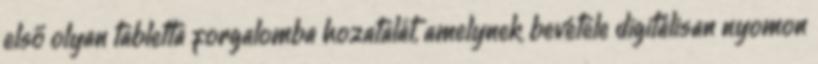
első olyan tabletta forgalomba hozatalát, amelynek bevétele digitálisan nyomon